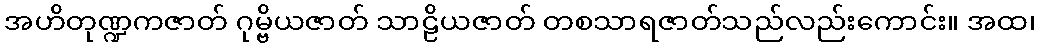
အဟိတုဏ္ဍကဇာတ် ဂုမ္ဗိယဇာတ် သာဠိယဇာတ် တစသာရဇာတ်သည်လည်းကောင်း။ အထ၊